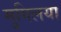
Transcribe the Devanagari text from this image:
मुगिलया